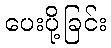
ပေးပို့ခြင်း